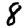
Digit: 8